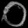
Digit: ၀